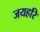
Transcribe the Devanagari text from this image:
जयहरि